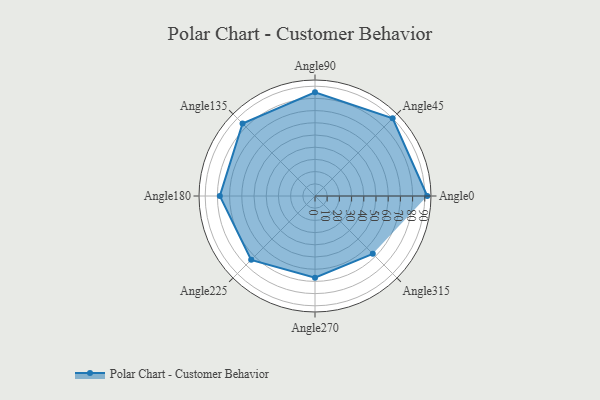
{"axis": {"x": "Angle", "y": "Radius"}, "legend": [""], "data": [{"x": "Angle0", "y": 92.0, "type": ""}, {"x": "Angle45", "y": 90.0, "type": ""}, {"x": "Angle90", "y": 85.0, "type": ""}, {"x": "Angle135", "y": 84.0, "type": ""}, {"x": "Angle180", "y": 78.0, "type": ""}, {"x": "Angle225", "y": 74.0, "type": ""}, {"x": "Angle270", "y": 67.0, "type": ""}, {"x": "Angle315", "y": 67.0, "type": ""}]}